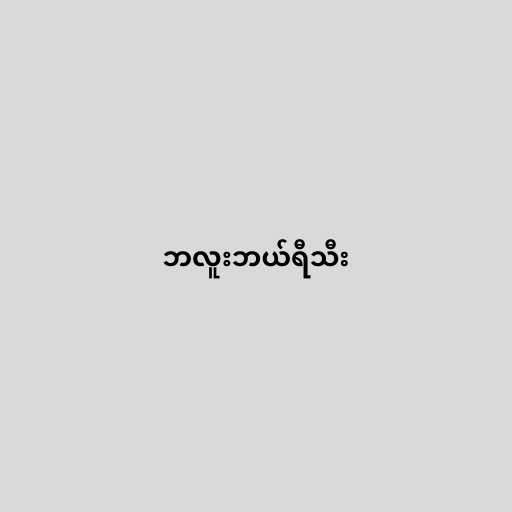
ဘလူးဘယ်ရီသီး